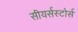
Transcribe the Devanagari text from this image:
सीयर्सस्‍टोर्स